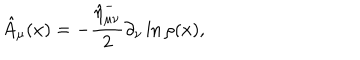
\hat { A } _ { \mu } ( x ) = - \frac { \hat { \eta } _ { \mu \nu } ^ { - } } 2 \partial _ { \nu } \ln \rho ( x ) ,